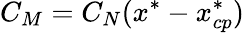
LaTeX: C_{M}=C_{N}(x^{*}-x_{cp}^{*})